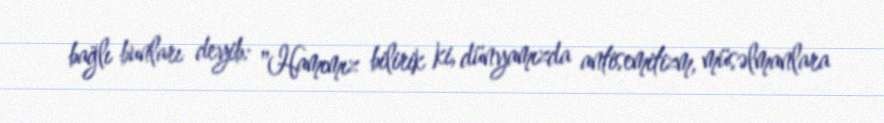
bağlı bunları deyib: "Hamımız bilirik ki, dünyamızda antisemitizm, müsəlmanlara